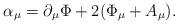
LaTeX: \begin{align*}\alpha _{\mu }=\partial _{\mu }\Phi +2(\Phi _{\mu }+A_{\mu }). \end{align*}